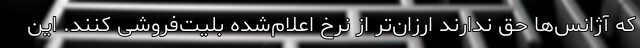
که آژانس‌ها حق ندارند ارزان‌تر از نرخ اعلام‌شده بلیت‌فروشی کنند. این